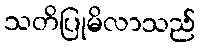
သတိပြုမိလာသည်